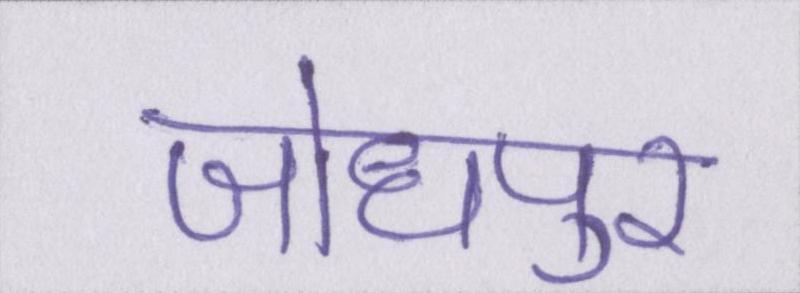
जोधपुर